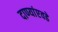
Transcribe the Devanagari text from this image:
दाण्यांएवढे